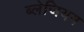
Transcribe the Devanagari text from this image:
ब्लेजियम